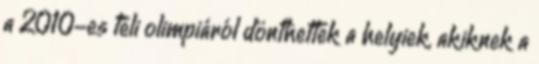
a 2010-es téli olimpiáról dönthettek a helyiek, akiknek a